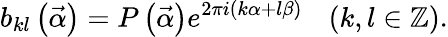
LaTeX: b_{kl}\left(\vec{\alpha}\right)=P\left(\vec{\alpha}\right)e^{2\pi i\left(k\alpha+l\beta\right)}\ \ \ \left(k,l\in\mathbb{Z}\right).